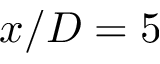
x / D = 5